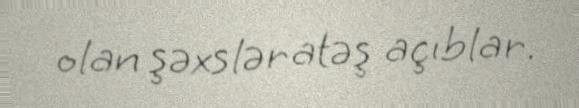
olan şəxslər atəş açıblar.